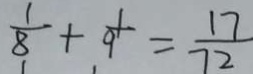
\frac { 1 } { 8 } + \frac { 1 } { 9 } = \frac { 1 7 } { 7 2 }